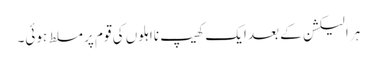
ہر الیکشن کے بعد ایک کھیپ نااہلوں کی قوم پر مسلط ہوئی۔